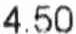
4.50